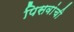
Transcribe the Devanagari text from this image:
पिसवांची